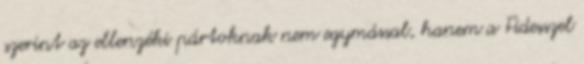
szerint az ellenzéki pártoknak nem egymással, hanem a Fidesszel